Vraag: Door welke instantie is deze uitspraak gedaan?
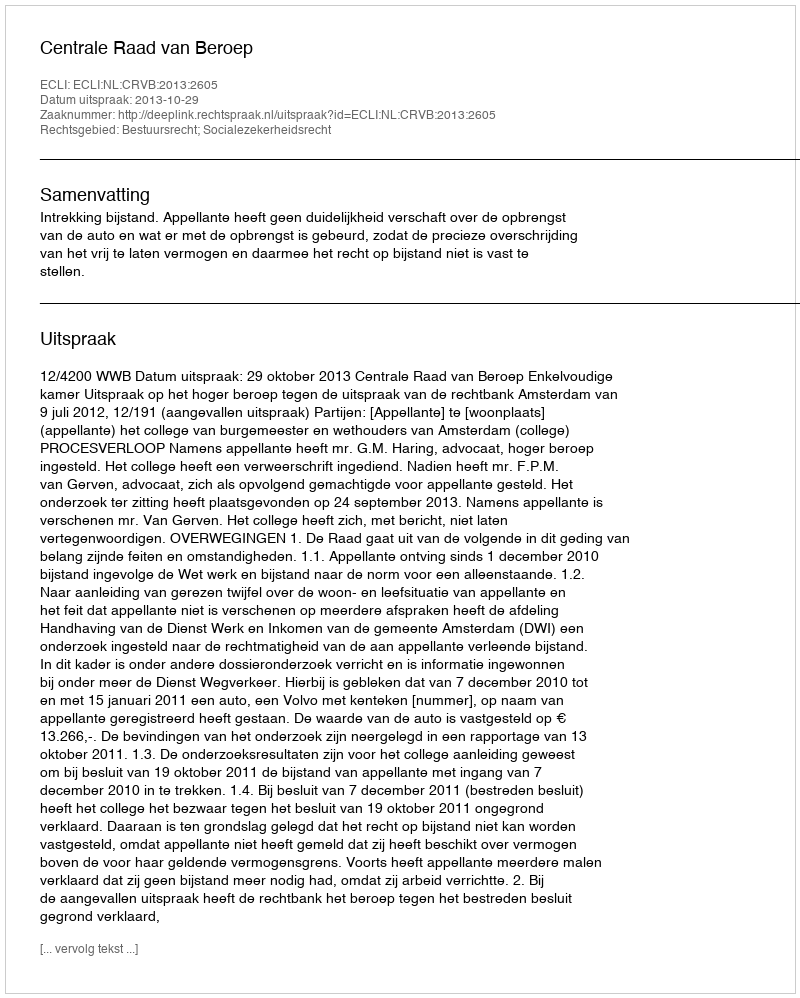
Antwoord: Centrale Raad van Beroep